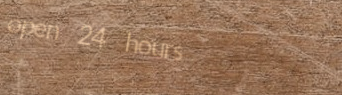
open 24 hours